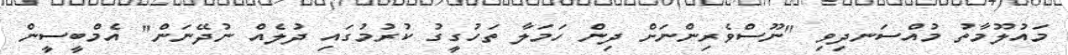
މައުލޫމާތު މުއްސަނދިވި "ނޫސްވެރިންނަށް ދިން ހަމަލާ ތަހުގީގު ކުރުމުގައި ދުލެއް ނުދޭނަން" އެމްބީސީން